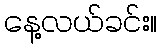
နေ့လယ်ခင်း။